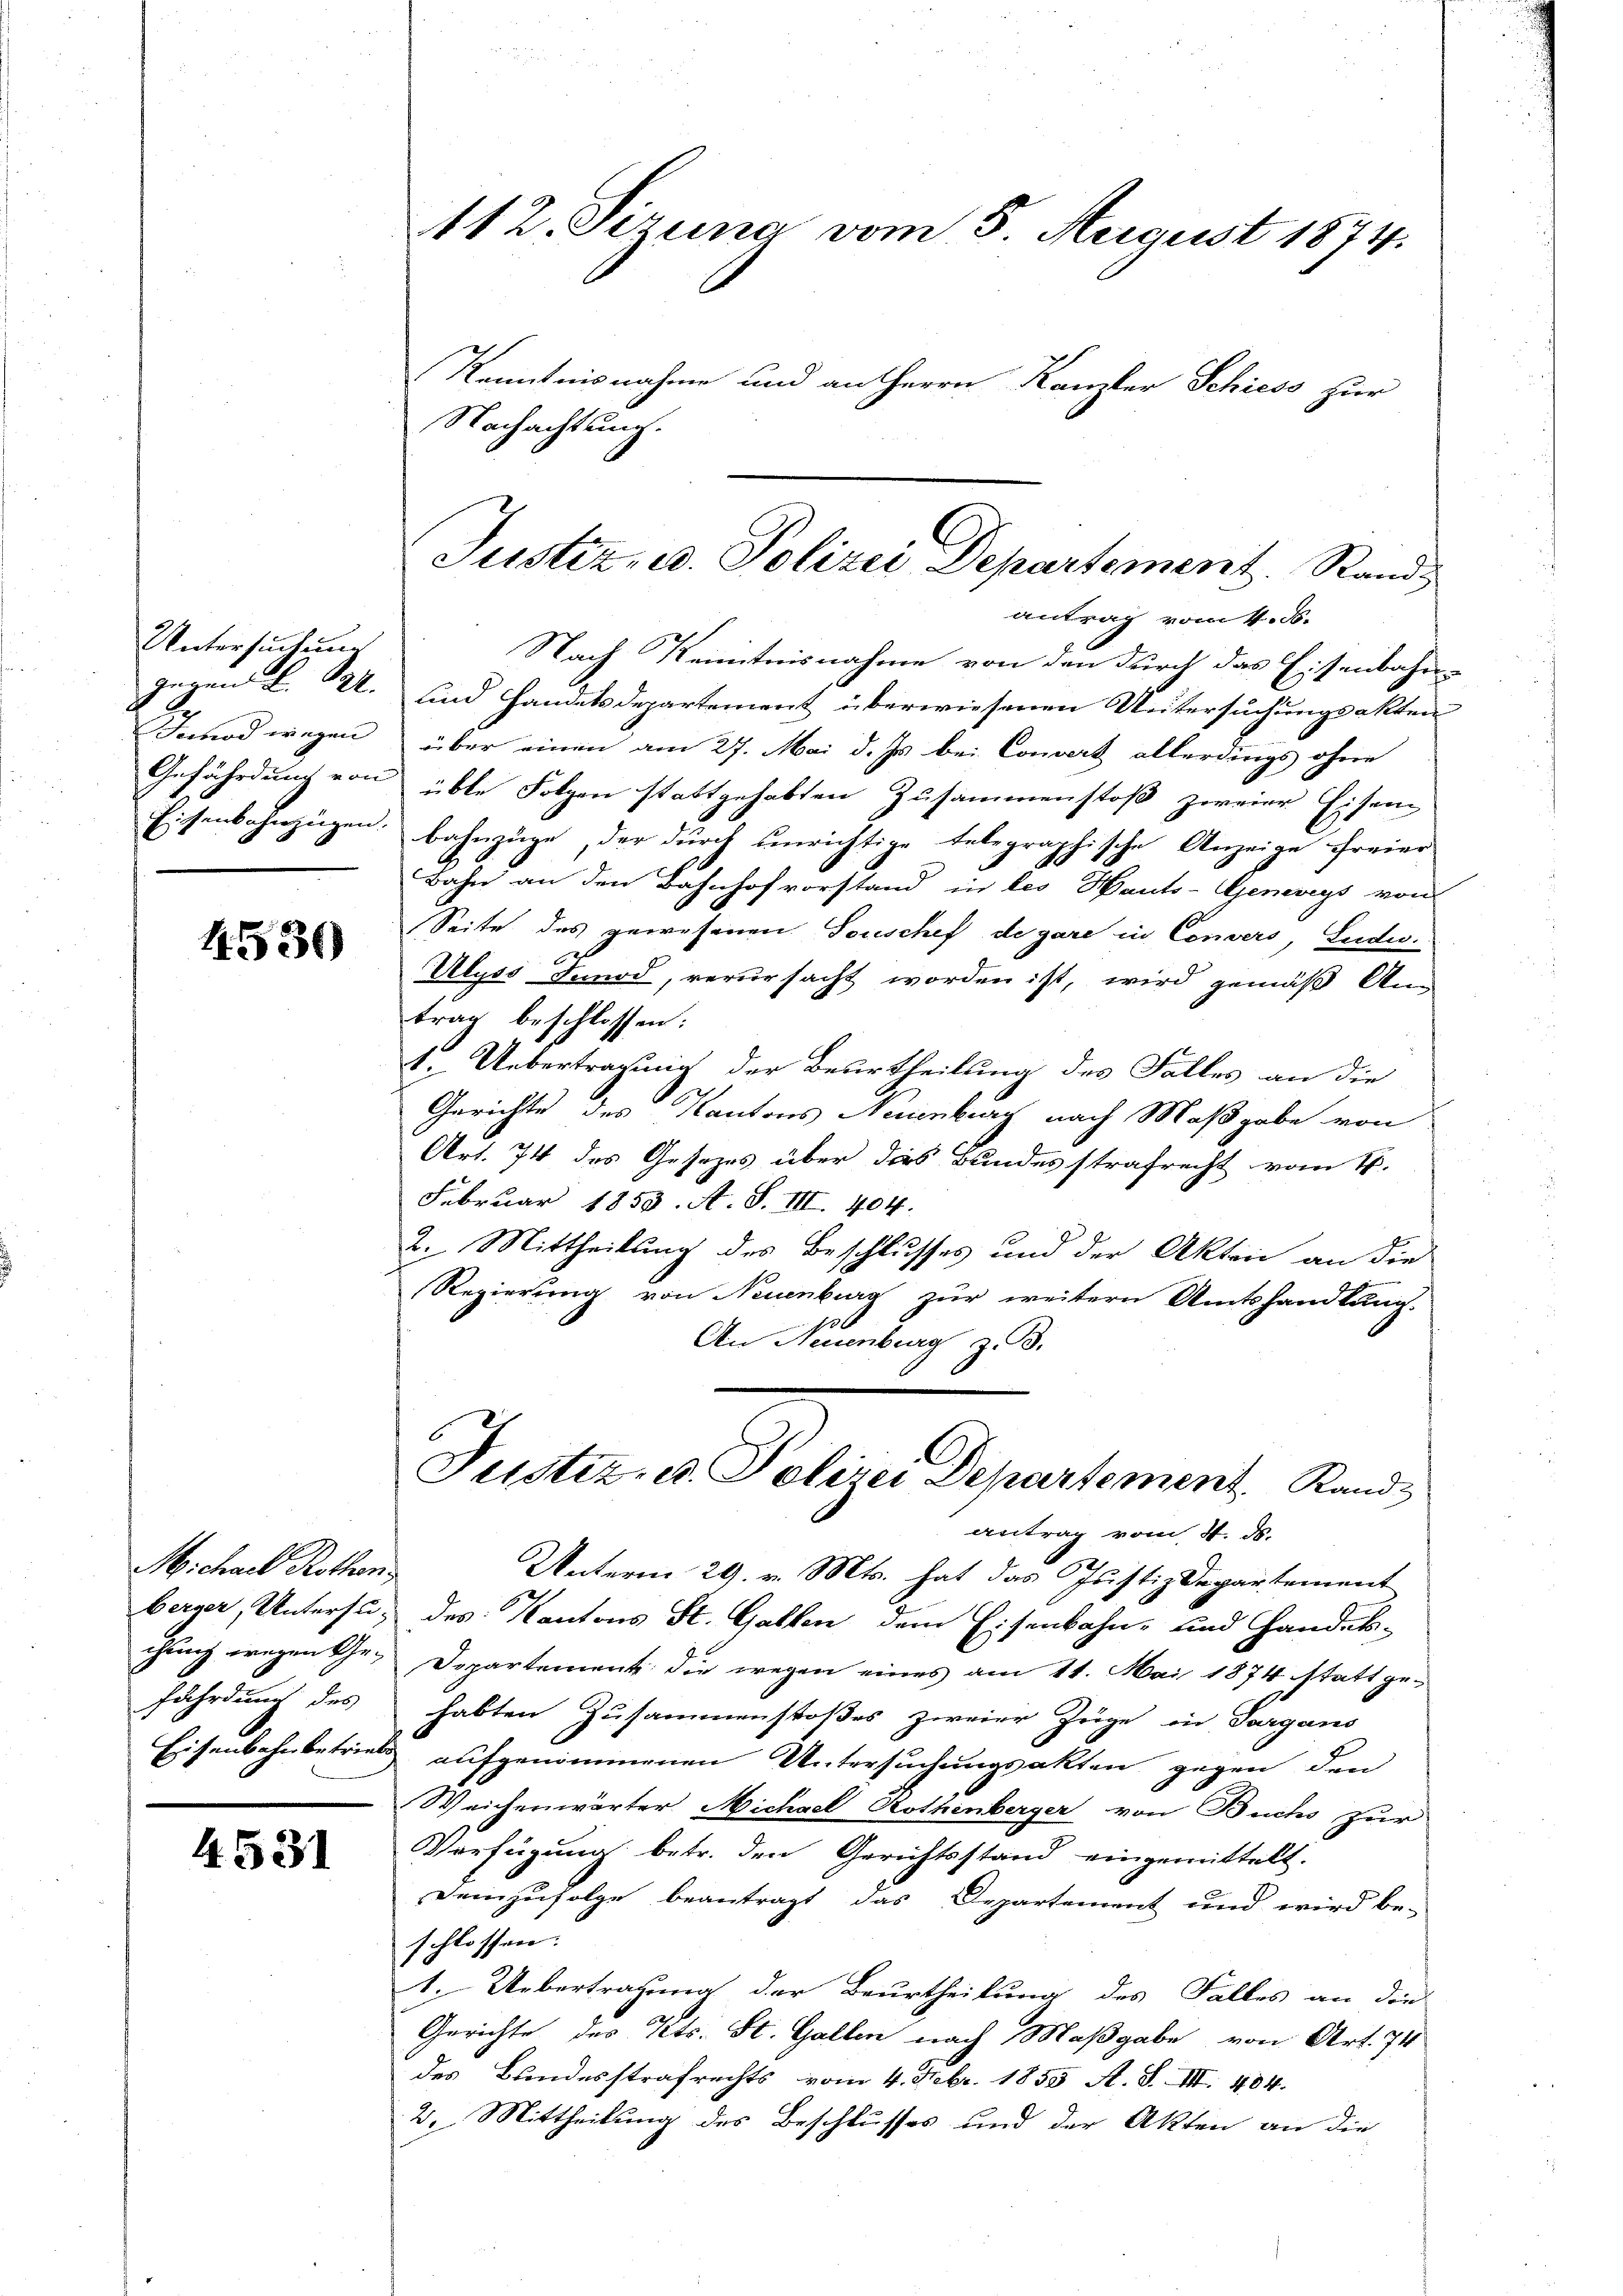
Untersuchung
gegen L. Syz.
Innod wegen
Gefährdung von
Eisenbahnzügen.

4530

Michael Rothen,
berger, Untersu-
chung wegen Gefährdung des
Eisenbahnbetriebs

4531

112. Sizung vom 5. August 1874.

Nachachtung.

Kenntnisnahme und an Herrn Kanzler Schiess zur

Justiz, u. Polizei Departement. Rand
antrag vom 4. d.

Nach Kenntnisnahme von den durch das Eisenbahn-
und Handelsdepartement überwiesenen Untersuchungsakten
über einen am 27. Mai d. Js. bei Convert allerdings ohne
übte Folgen stattgehabten Zusammenstoß zweier Eisen
bahnzüge, der durch unrichtige telegraphische Anzeige freier
Bahn an den Bahnhofvorstand in les Hauts-Geneveys von
Seite des gewesenen Touschef de gare in Convers, Ludw.
Ulyss Funod, verursacht worden ist, wird gemäß Ann
trag beschlossen:
1. Uebertragung der Beurtheilung des Falles an die
Gerichte des Kantons Neuenburg nach Maßgabe von
Art. 74 des Gesetzes über dies Bundesstrafrecht vom 16.
Februar 1859. A. S. III. 404.
2. Mittheilung des Beschlusses und der Akten an die
Regierung von Neuenburg zur weitern Amtshandlung.
An Neuenburg z. B.
Justiz, u. Polizei Departement Rand
antrag vom 4. ds.
Unterm 29. v. Mts. hat das Justiz-Departement
des Kantons St. Gallen dem Eisenbahn- und Handels-
Departement die wegen eines am 11. Mai 1874 statt gehabten Zusammenstoßes zweier Züge in Sargans
aufgenommenen Untersuchungsakten gegen den
Weichenwärter Nichael Rothenberger von Buchs zur
Verfügung betr. den Gerichtsstand eingemittelt.
demzufolge beantragt das Departement und wird be-
schlossen.
1. Uebertragung der Beurtheilung des Falles an die
Gerichte des Kts. St. Gallen nach Maßgabe von Art. 74
des Bundesstrafrechts vom 4. Febr. 1855 A. S. III. 404.
2. Mittheilung des Beschlusses und der Akten an die